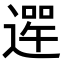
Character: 𨕣